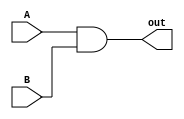
module bitwise_and #(parameter WIDTH=1)(A, B, out);
    input [WIDTH-1:0] A, B;
    output [WIDTH-1:0] out;

    genvar i;
    generate
        for (i = 0; i < WIDTH; i = i + 1) begin
            and AND1(out[i], A[i], B[i]);
        end
    endgenerate
endmodule